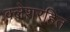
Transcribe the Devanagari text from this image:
क्लेशरहित